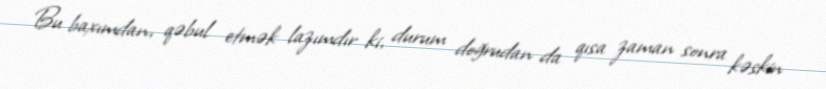
Bu baxımdan, qəbul etmək lazımdır ki, durum doğrudan da qısa zaman sonra kəskin